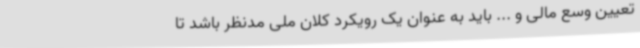
تعیین وسع مالی و ... باید به عنوان یک رویکرد کلان ملی مدنظر باشد تا